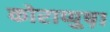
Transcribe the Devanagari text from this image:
कोराप्पुष़ा